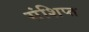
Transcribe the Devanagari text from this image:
संशिप्त